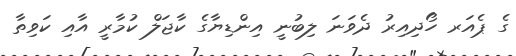
ގެ ޕެއަރ ހޯދިއިރު ދެވަނަ ލިބުނީ އިންޑިޔާގެ ކާޖަލް ކުމާރީ އާއި ކަވިތާ